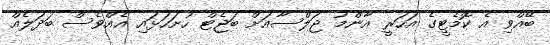
ބޭއްވި އެ ކޮމެޓީގެ އަހަރީ އާންމު ޖަލްސާއަށް ބަޖެޓް ހުށަހަޅައި އެއްވެސް ބަދަލެއް